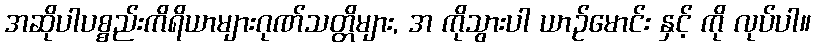
အဆိုပါပစ္စည်းကိရိယာများဂုဏ်သတ္တိများ, အ ကိုသွားပါ ယာဉ်မောင်း နှင့် ကို လုပ်ပါ။